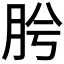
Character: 𭨯